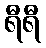
ရီရီ